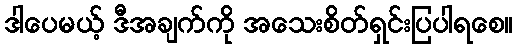
ဒါပေမယ့် ဒီအချက်ကို အသေးစိတ်ရှင်းပြပါရစေ။